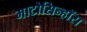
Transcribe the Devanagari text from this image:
माटोसिन्हॉस